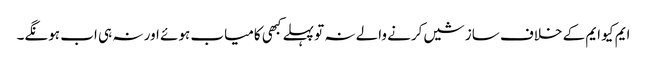
ایم کیو ایم کے خلاف سازشیں کرنے والے نہ تو پہلے کبھی کامیاب ہوئے اور نہ ہی اب ہونگے۔